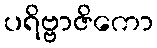
ပရိဗ္ဗာဇိကော